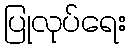
ပြုလုပ်ရေး